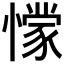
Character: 𭞾